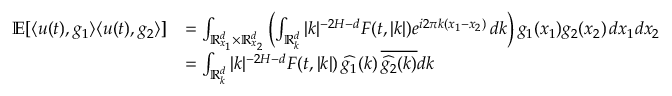
\begin{array} { r l } { \mathbb { E } [ \langle u ( t ) , g _ { 1 } \rangle { \langle u ( t ) , g _ { 2 } \rangle } ] } & { = \int _ { \mathbb { R } _ { x _ { 1 } } ^ { d } \times \mathbb { R } _ { x _ { 2 } } ^ { d } } \left( \int _ { \mathbb R _ { k } ^ { d } } | k | ^ { - 2 H - d } F ( t , | k | ) e ^ { i 2 \pi k ( x _ { 1 } - x _ { 2 } ) } \, d k \right) g _ { 1 } ( x _ { 1 } ) g _ { 2 } ( x _ { 2 } ) \, d x _ { 1 } d x _ { 2 } } \\ & { = \int _ { \mathbb R _ { k } ^ { d } } | k | ^ { - 2 H - d } F ( t , | k | ) \, \widehat { g _ { 1 } } ( k ) \, \overline { { \widehat { g _ { 2 } } ( k ) } } d k } \end{array}